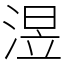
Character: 𣸭